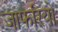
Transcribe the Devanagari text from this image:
जाफरियों